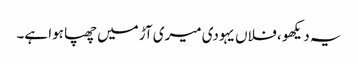
یہ دیکھو ، فلاں یہودی میری آڑ میں چھپا ہوا ہے۔